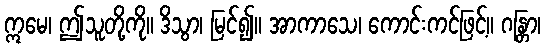
ဣမေ၊ ဤသူတို့ကို။ ဒိသွာ၊ မြင်၍။ အာကာသေ၊ ကောင်းကင်ဖြင့်။ ဂန္တြာ၊